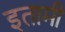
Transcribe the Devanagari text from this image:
इतामी